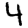
Digit: 4